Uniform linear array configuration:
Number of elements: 8
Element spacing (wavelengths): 1
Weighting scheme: hamming
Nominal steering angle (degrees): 0
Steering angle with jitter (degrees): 0.706
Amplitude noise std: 0.05
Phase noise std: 0.05

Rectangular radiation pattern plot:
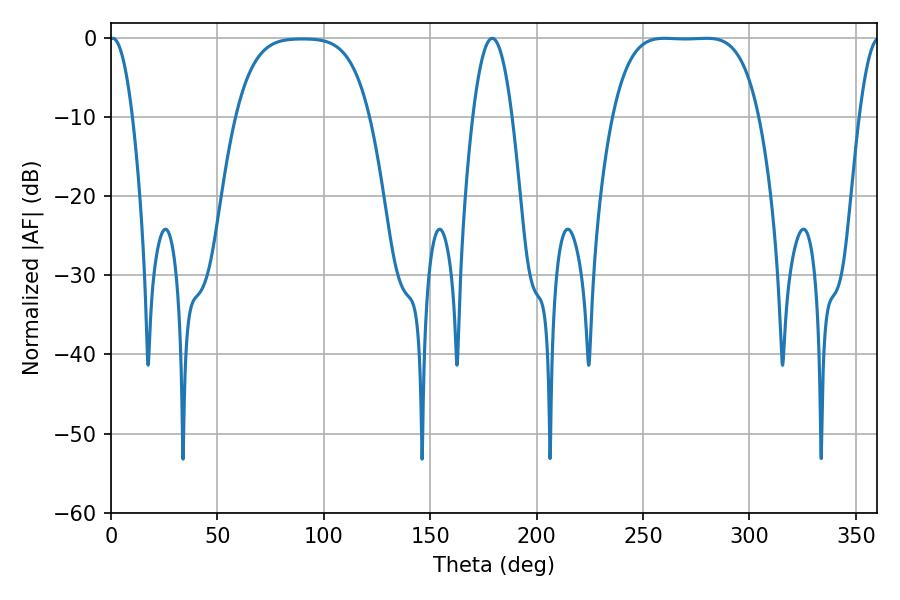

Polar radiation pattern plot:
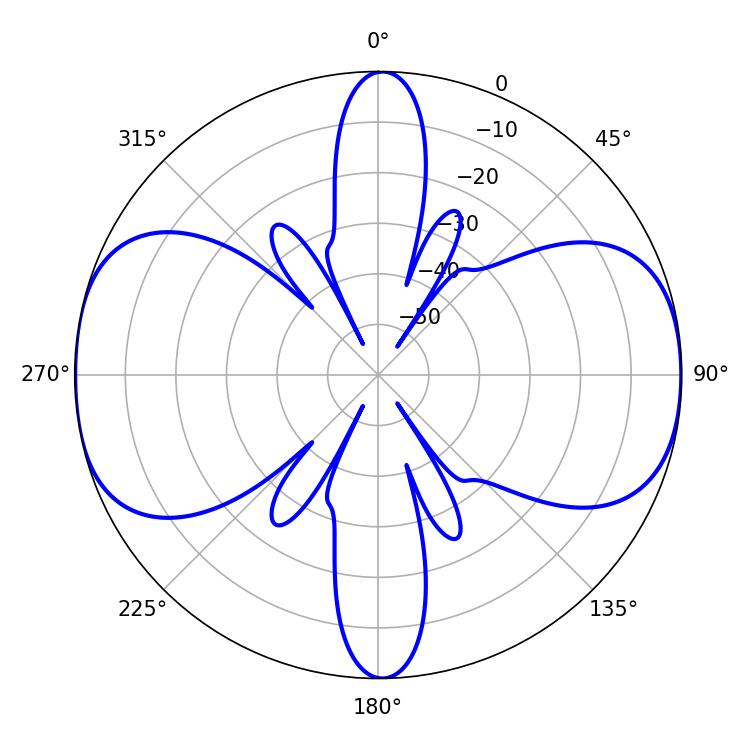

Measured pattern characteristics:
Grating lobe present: TRUE
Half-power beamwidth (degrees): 52.56
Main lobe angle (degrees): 260.1